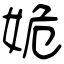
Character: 姽